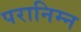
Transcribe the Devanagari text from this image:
परानिम्न